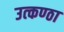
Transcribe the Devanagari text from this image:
उत्‍कण्‍ठा